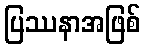
ပြဿနာအဖြစ်